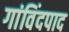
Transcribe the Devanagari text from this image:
गांविंदपाद